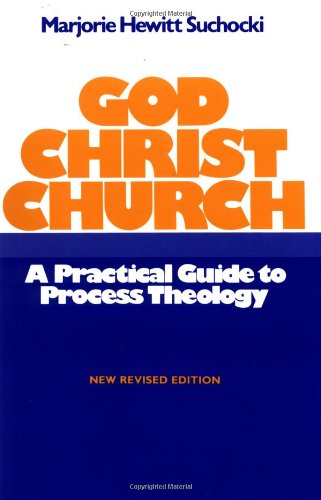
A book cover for God Christ Church: A Practical Guide to Process Theology; Marjorie Hewitt Suchocki; Christian Books & Bibles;